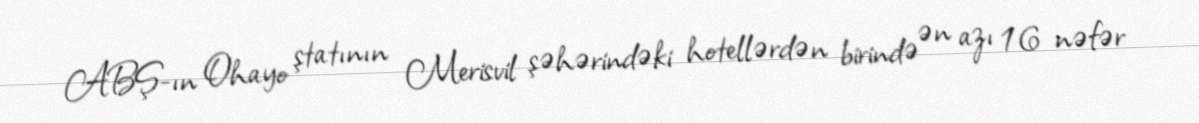
ABŞ-ın Ohayo ştatının Merisvil şəhərindəki hotellərdən birində ən azı 16 nəfər